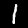
Label: 1